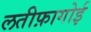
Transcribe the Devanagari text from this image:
लतीफ़ागोई